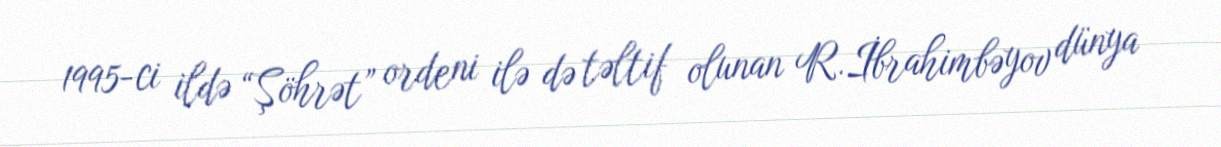
1995-ci ildə “Şöhrət” ordeni ilə də təltif olunan R.İbrahimbəyov dünya